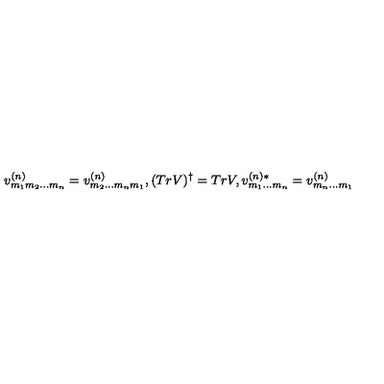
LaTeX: v _ { m _ { 1 } m _ { 2 } \ldots m _ { n } } ^ { ( n ) } = v _ { m _ { 2 } \ldots m _ { n } m _ { 1 } } ^ { ( n ) } , ( T r V ) ^ { \dagger } = T r V , v _ { m _ { 1 } \ldots m _ { n } } ^ { ( n ) * } = v _ { m _ { n } \ldots m _ { 1 } } ^ { ( n ) }